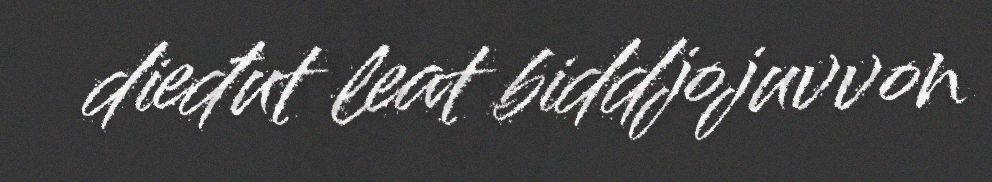
dieđut leat biddjojuvvon